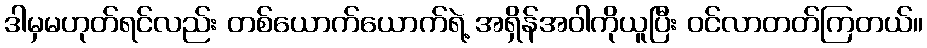
ဒါမှမဟုတ်ရင်လည်း တစ်ယောက်ယောက်ရဲ့ အရှိန်အဝါကိုယူပြီး ဝင်လာတတ်ကြတယ်။